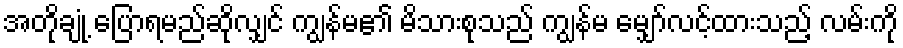
အတိုချုံ့ ပြောရမည်ဆိုလျှင် ကျွန်မ၏ မိသားစုသည် ကျွန်မ မျှော်လင့်ထားသည့် လမ်းကို